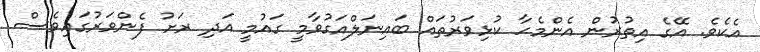
އެކެވެ. އޭގެ އިތުރުން އެންމެހާ ކުޅިވަރުތައް ބައިނަލްއަގުވާމީ ގައުމީ އަދި ރަށު ފެންވަރުގައިވެސް